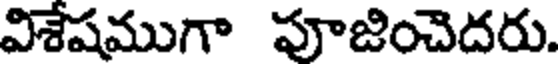
విశేషముగా పూజించెదరు.